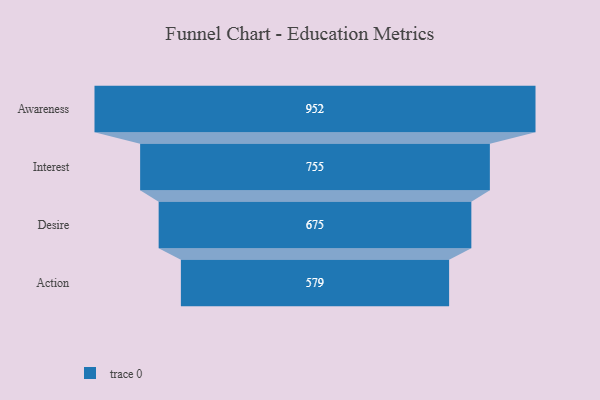
{"axis": {"x": "Stage", "y": "Value"}, "legend": [""], "data": [{"x": "Awareness", "y": 952.0, "type": ""}, {"x": "Interest", "y": 755.0, "type": ""}, {"x": "Desire", "y": 675.0, "type": ""}, {"x": "Action", "y": 579.0, "type": ""}]}